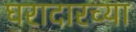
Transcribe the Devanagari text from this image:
घरादारच्या